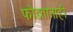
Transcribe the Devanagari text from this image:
फोडतानाही